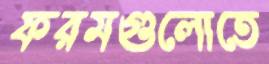
ফরমগুলোতে